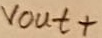
Text: vout+